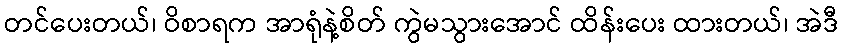
တင်ပေးတယ်၊ ဝိစာရက အာရုံနဲ့စိတ် ကွဲမသွားအောင် ထိန်းပေး ထားတယ်၊ အဲဒီ